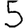
Digit: 5